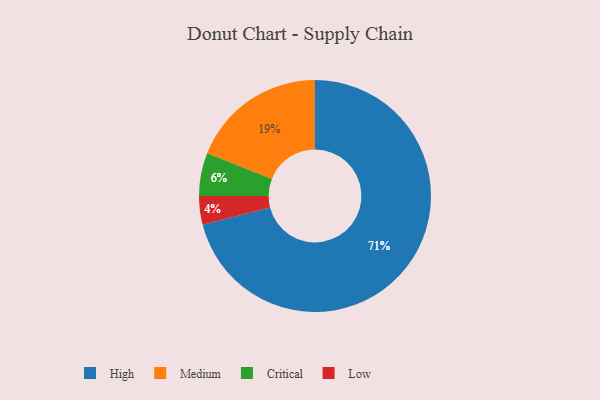
{"axis": {"x": "Category", "y": "Percentage"}, "legend": ["Critical", "High", "Low", "Medium"], "data": [{"x": "High", "y": 71, "type": "High"}, {"x": "Medium", "y": 19, "type": "Medium"}, {"x": "Critical", "y": 6, "type": "Critical"}, {"x": "Low", "y": 4, "type": "Low"}]}